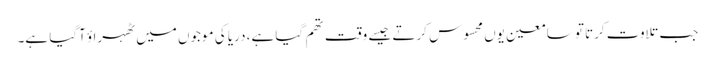
جب تلاوت کرتا تو سامعین یوں محسوس کرتے جیسے وقت تھم گیا ہے، دریا کی موجوں میں ٹھہراؤ آگیا ہے۔